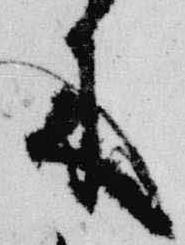
来